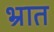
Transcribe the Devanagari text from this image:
भ्रात